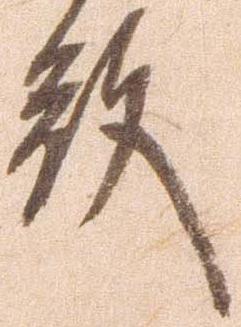
殿